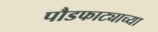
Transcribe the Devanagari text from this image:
पौडफाट्याच्या